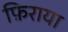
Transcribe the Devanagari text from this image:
फ़िराया